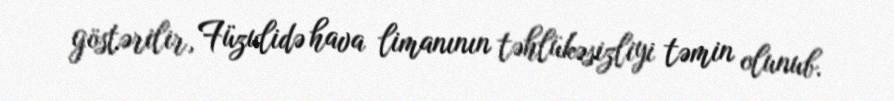
göstərilir, Füzulidə hava limanının təhlükəsizliyi təmin olunub.